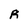
Character: R